Bréfritari: Ingibjörg Jónatansdóttir
Viðtakandi: Jón Borgfirðings Jónsson
Dagsetning: A-1862-01-22
Skrifað á: Naustavík  S-Þing.

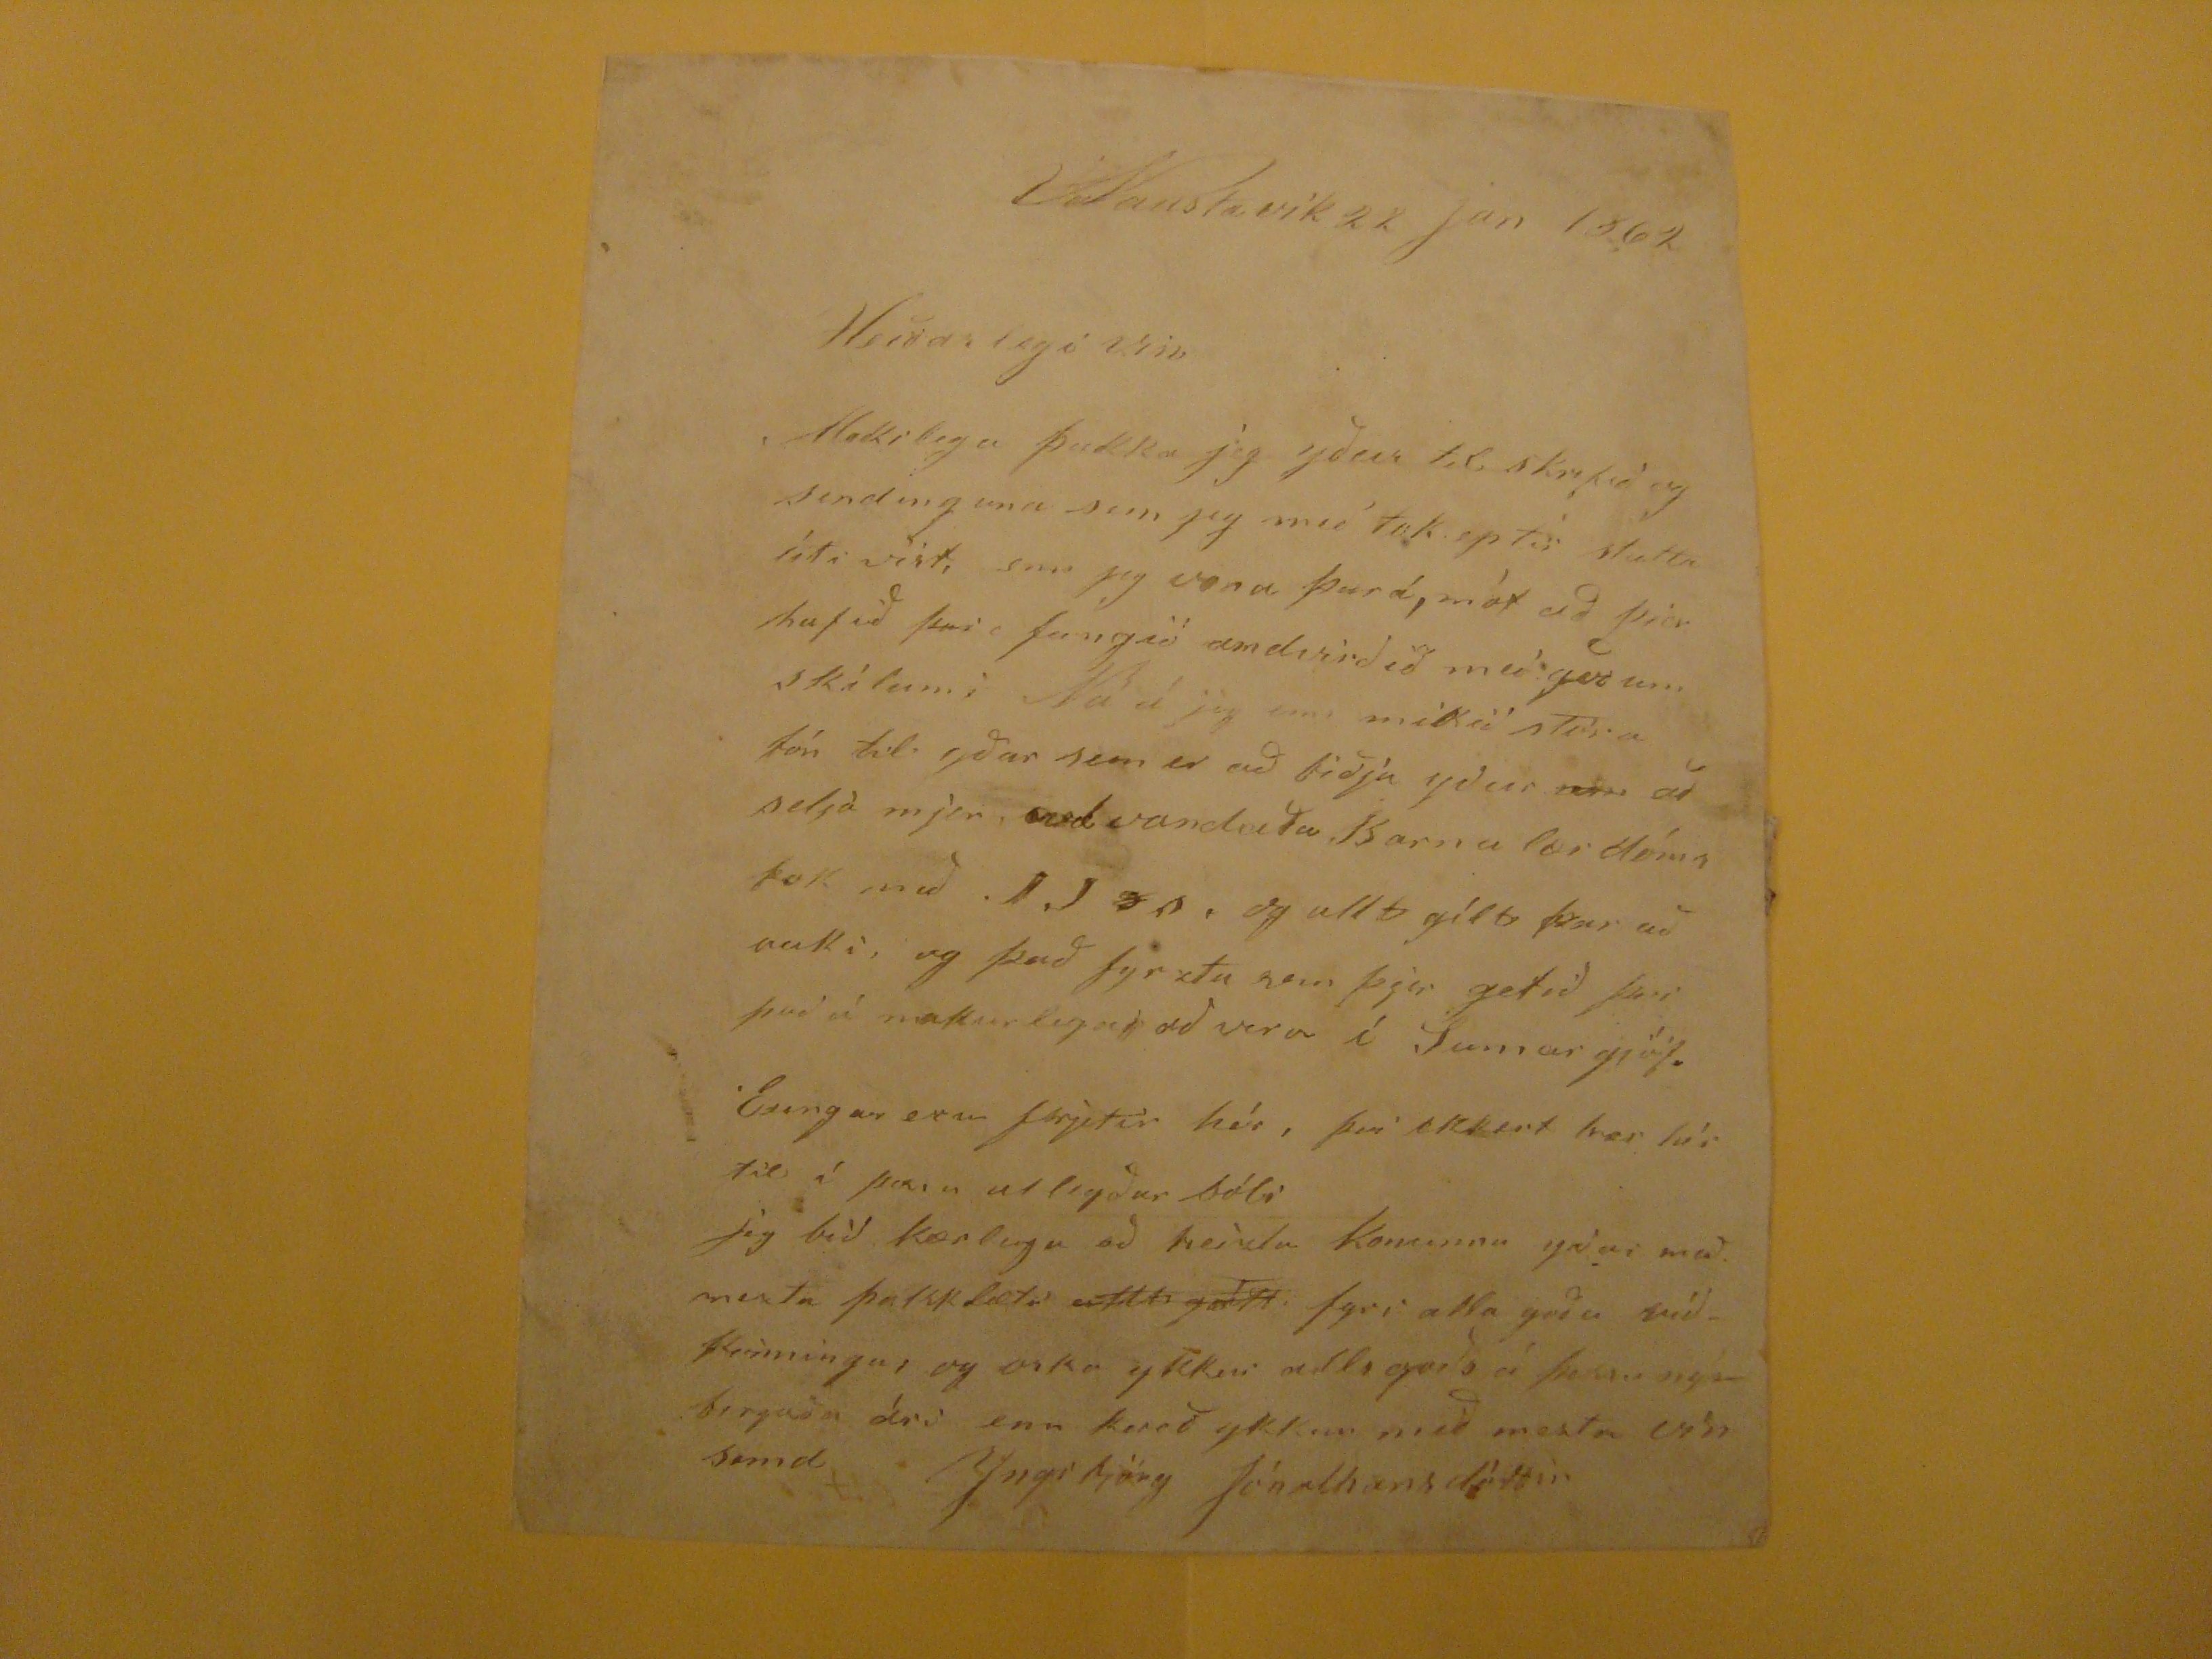

Naustavík 22 jan 1862
Heiðarlegi vin
Makilega
þakka jeg yður til skrifið og sendinguna sem jeg með tok eptir stutta úti vist, enn jeg vona þará, mót að þjer hafið
þvi
fungið andvirðið með
goðum skílum i
Nú á jeg enn mikið stóra bón til yðar sem er að biðja yður
um
að selja mjer,
vel vandaða
Barna lærdómsbok með
J J on,
og allt gílt þar að auki, og það fyrztu sem þig getið því það á
makurlega
að vera í Sumar gjöf.
Enngar
eru frjetir hér, því ekkert ber hér til í
þvin allegðar bóli
Jeg bið kærlega að
heizla
konunnu yðar með mesta þakklæti
allt gott
fyri alla yða víðkinningar og oska ykkur alls goðs a þessu
nya borguðu ári
enn kveð ykkur með mestu vínsemd
Ingibjörg Jónathansdóttir